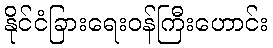
နိုင်ငံခြားရေးဝန်ကြီးဟောင်း